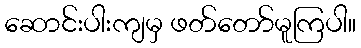
ဆောင်းပါးကျမှ ဖတ်တော်မူကြပါ။